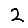
Digit: 2